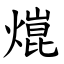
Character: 熴